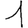
Digit: 1